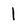
Character: 1